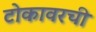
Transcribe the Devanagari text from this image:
टोकावरची